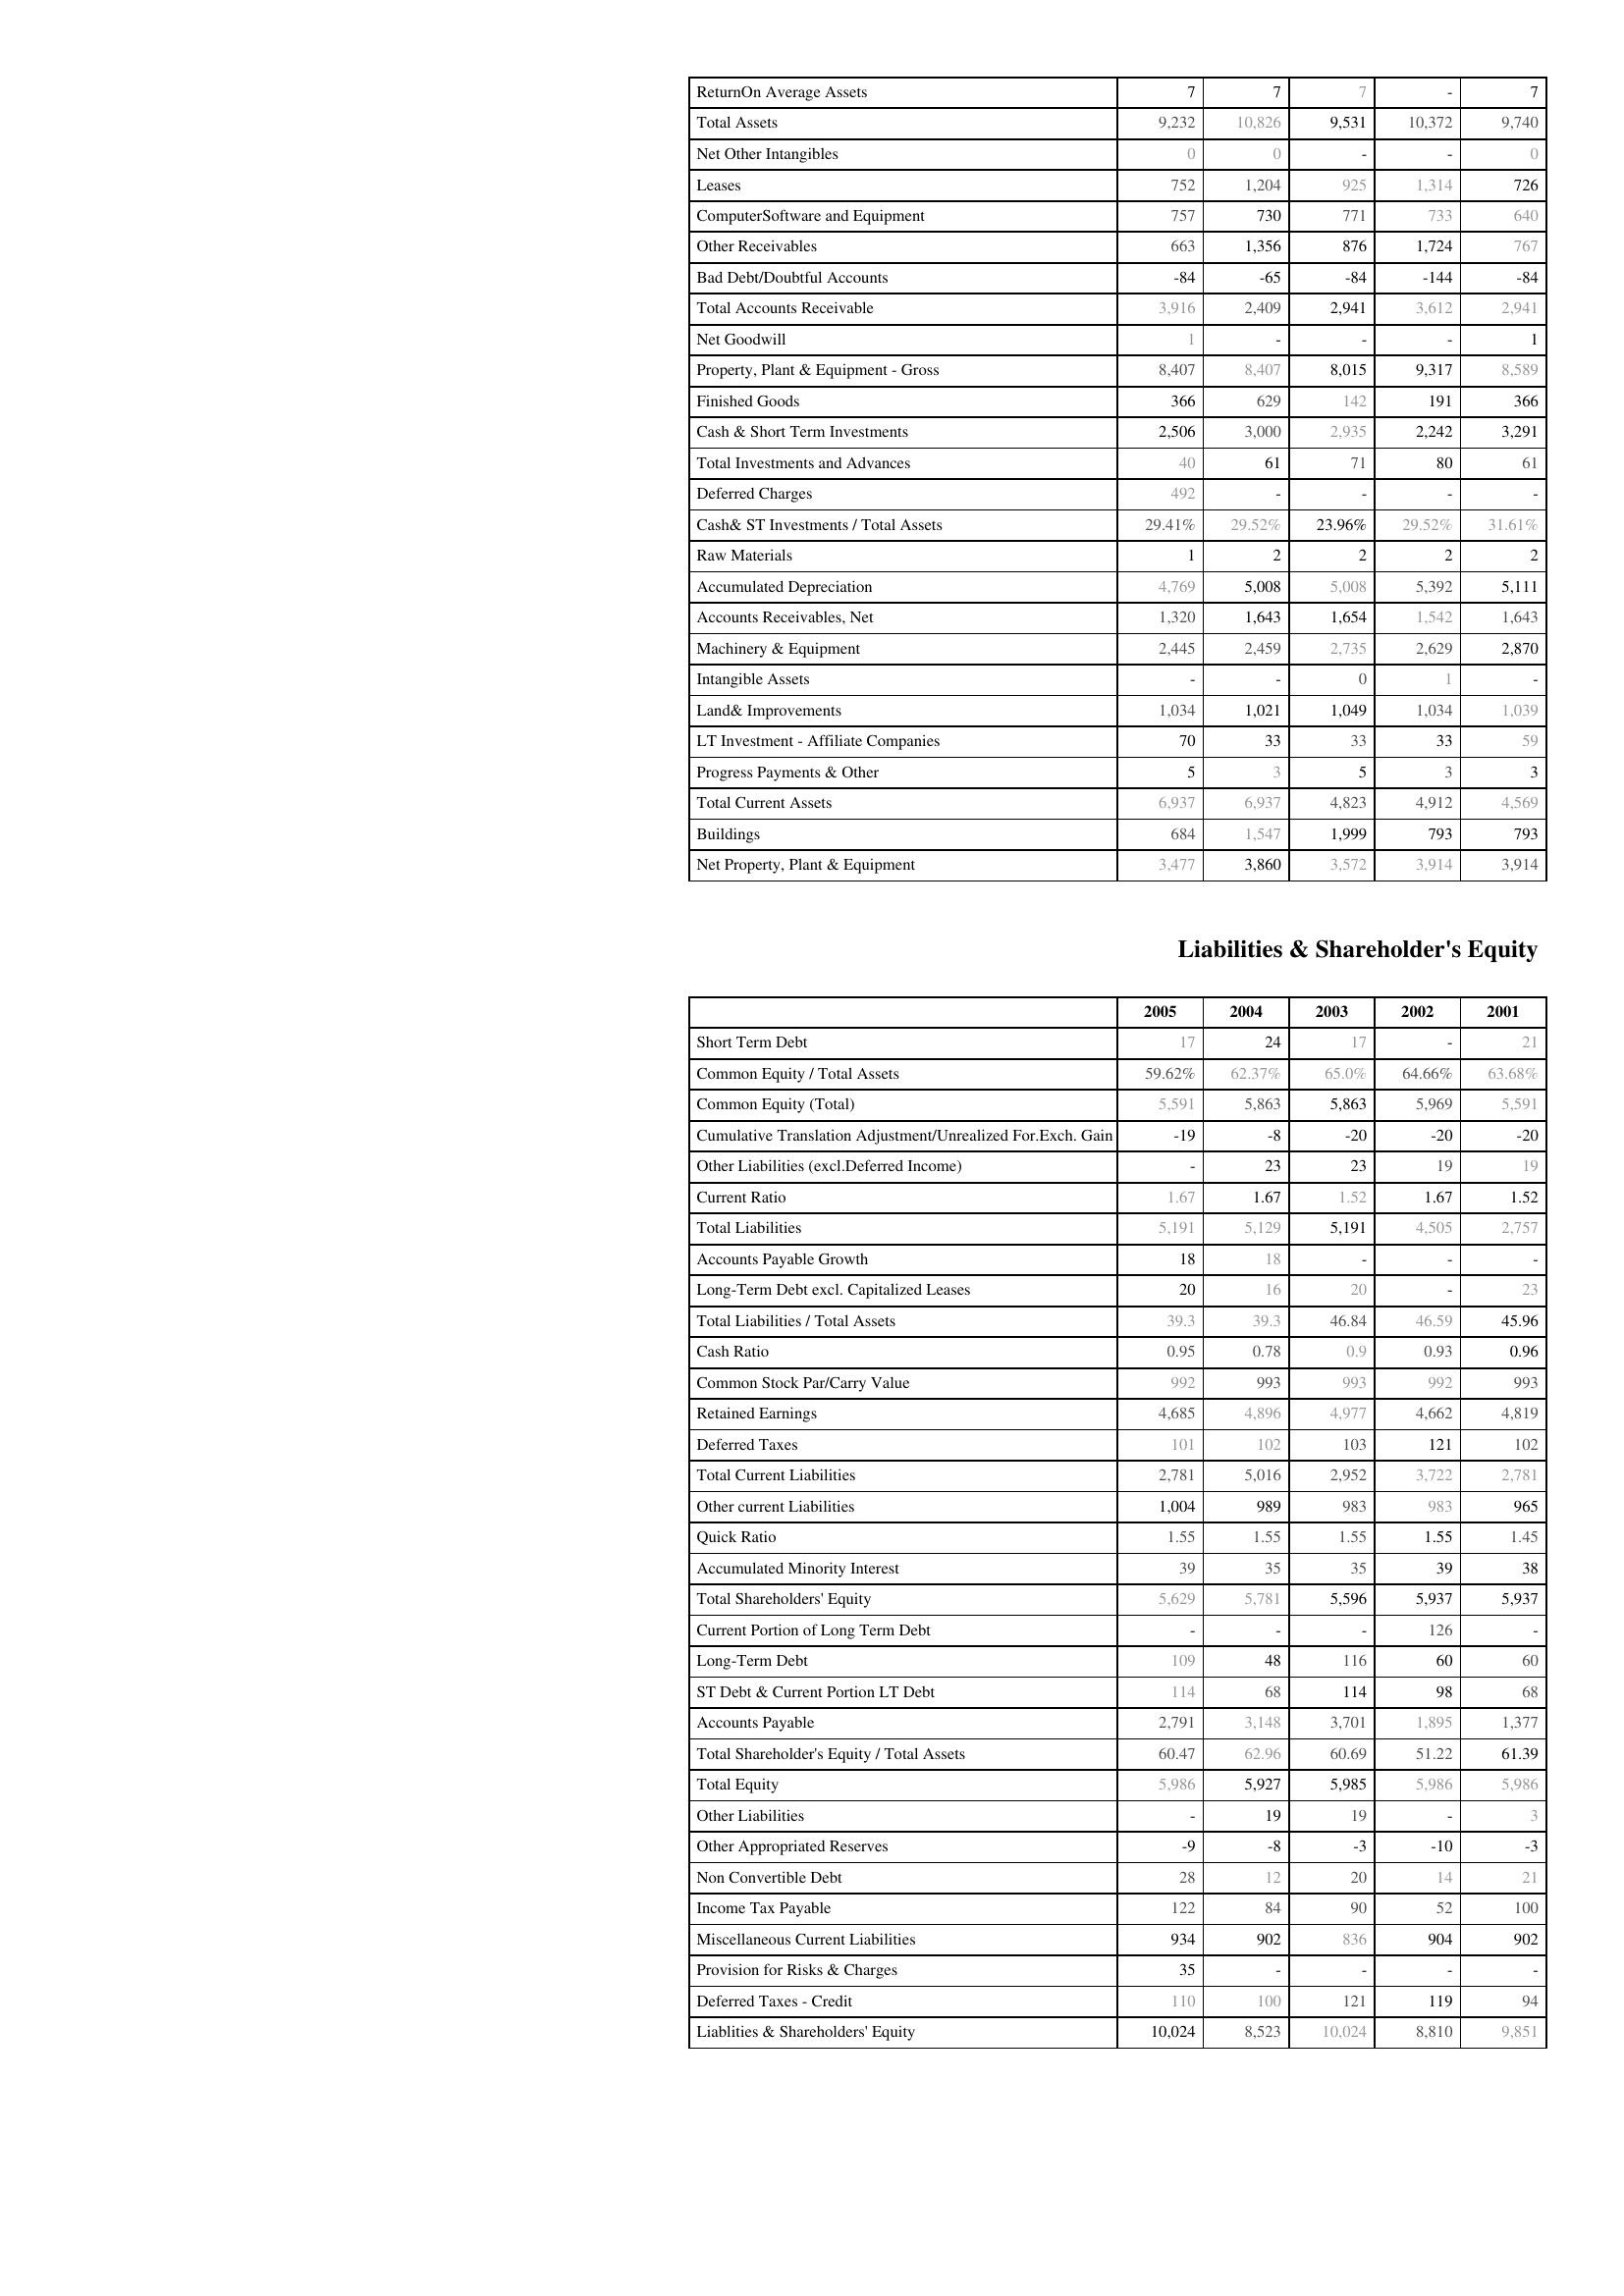
2005: Assets: ReturnOn Average Assets: 7
Total Assets: 9,232
Net Other Intangibles: 0
Leases: 752
ComputerSoftware and Equipment: 757
Other Receivables: 663
Bad Debt/Doubtful Accounts: -84
Total Accounts Receivable: 3,916
Net Goodwill: 1
Property, Plant & Equipment - Gross : 8,407
Finished Goods: 366
Cash & Short Term Investments: 2,506
Total Investments and Advances: 40
Deferred Charges: 492
Cash& ST Investments / Total Assets: 29.41%
Raw Materials: 1
Accumulated Depreciation: 4,769
Accounts Receivables, Net: 1,320
Machinery & Equipment: 2,445
Intangible Assets: -
Land& Improvements: 1,034
LT Investment - Affiliate Companies: 70
Progress Payments & Other: 5
Total Current Assets: 6,937
Buildings: 684
Net Property, Plant & Equipment: 3,477
Liabilities & Shareholder's Equity: Short Term Debt: 17
Common Equity / Total Assets: 59.62%
Common Equity (Total): 5,591
Cumulative Translation Adjustment/Unrealized For.Exch. Gain: -19
Other Liabilities (excl.Deferred Income): -
Current Ratio: 1.67
Total Liabilities: 5,191
Accounts Payable Growth: 18
Long-Term Debt excl. Capitalized Leases: 20
Total Liabilities / Total Assets: 39.3
Cash Ratio: 0.95
Common Stock Par/Carry Value: 992
Retained Earnings: 4,685
Deferred Taxes: 101
Total Current Liabilities: 2,781
Other current Liabilities: 1,004
Quick Ratio: 1.55
Accumulated Minority Interest: 39
Total Shareholders' Equity: 5,629
Current Portion of Long Term Debt: -
Long-Term Debt: 109
ST Debt & Current Portion LT Debt: 114
Accounts Payable: 2,791
Total Shareholder's Equity / Total Assets: 60.47
Total Equity: 5,986
Other Liabilities: -
Other Appropriated Reserves: -9
Non Convertible Debt: 28
Income Tax Payable: 122
Miscellaneous Current Liabilities: 934
Provision for Risks & Charges: 35
Deferred Taxes - Credit: 110
Liablities & Shareholders' Equity: 10,024
2004: Assets: ReturnOn Average Assets: 7
Total Assets: 10,826
Net Other Intangibles: 0
Leases: 1,204
ComputerSoftware and Equipment: 730
Other Receivables: 1,356
Bad Debt/Doubtful Accounts: -65
Total Accounts Receivable: 2,409
Net Goodwill: -
Property, Plant & Equipment - Gross : 8,407
Finished Goods: 629
Cash & Short Term Investments: 3,000
Total Investments and Advances: 61
Deferred Charges: -
Cash& ST Investments / Total Assets: 29.52%
Raw Materials: 2
Accumulated Depreciation: 5,008
Accounts Receivables, Net: 1,643
Machinery & Equipment: 2,459
Intangible Assets: -
Land& Improvements: 1,021
LT Investment - Affiliate Companies: 33
Progress Payments & Other: 3
Total Current Assets: 6,937
Buildings: 1,547
Net Property, Plant & Equipment: 3,860
Liabilities & Shareholder's Equity: Short Term Debt: 24
Common Equity / Total Assets: 62.37%
Common Equity (Total): 5,863
Cumulative Translation Adjustment/Unrealized For.Exch. Gain: -8
Other Liabilities (excl.Deferred Income): 23
Current Ratio: 1.67
Total Liabilities: 5,129
Accounts Payable Growth: 18
Long-Term Debt excl. Capitalized Leases: 16
Total Liabilities / Total Assets: 39.3
Cash Ratio: 0.78
Common Stock Par/Carry Value: 993
Retained Earnings: 4,896
Deferred Taxes: 102
Total Current Liabilities: 5,016
Other current Liabilities: 989
Quick Ratio: 1.55
Accumulated Minority Interest: 35
Total Shareholders' Equity: 5,781
Current Portion of Long Term Debt: -
Long-Term Debt: 48
ST Debt & Current Portion LT Debt: 68
Accounts Payable: 3,148
Total Shareholder's Equity / Total Assets: 62.96
Total Equity: 5,927
Other Liabilities: 19
Other Appropriated Reserves: -8
Non Convertible Debt: 12
Income Tax Payable: 84
Miscellaneous Current Liabilities: 902
Provision for Risks & Charges: -
Deferred Taxes - Credit: 100
Liablities & Shareholders' Equity: 8,523
2003: Assets: ReturnOn Average Assets: 7
Total Assets: 9,531
Net Other Intangibles: -
Leases: 925
ComputerSoftware and Equipment: 771
Other Receivables: 876
Bad Debt/Doubtful Accounts: -84
Total Accounts Receivable: 2,941
Net Goodwill: -
Property, Plant & Equipment - Gross : 8,015
Finished Goods: 142
Cash & Short Term Investments: 2,935
Total Investments and Advances: 71
Deferred Charges: -
Cash& ST Investments / Total Assets: 23.96%
Raw Materials: 2
Accumulated Depreciation: 5,008
Accounts Receivables, Net: 1,654
Machinery & Equipment: 2,735
Intangible Assets: 0
Land& Improvements: 1,049
LT Investment - Affiliate Companies: 33
Progress Payments & Other: 5
Total Current Assets: 4,823
Buildings: 1,999
Net Property, Plant & Equipment: 3,572
Liabilities & Shareholder's Equity: Short Term Debt: 17
Common Equity / Total Assets: 65.0%
Common Equity (Total): 5,863
Cumulative Translation Adjustment/Unrealized For.Exch. Gain: -20
Other Liabilities (excl.Deferred Income): 23
Current Ratio: 1.52
Total Liabilities: 5,191
Accounts Payable Growth: -
Long-Term Debt excl. Capitalized Leases: 20
Total Liabilities / Total Assets: 46.84
Cash Ratio: 0.9
Common Stock Par/Carry Value: 993
Retained Earnings: 4,977
Deferred Taxes: 103
Total Current Liabilities: 2,952
Other current Liabilities: 983
Quick Ratio: 1.55
Accumulated Minority Interest: 35
Total Shareholders' Equity: 5,596
Current Portion of Long Term Debt: -
Long-Term Debt: 116
ST Debt & Current Portion LT Debt: 114
Accounts Payable: 3,701
Total Shareholder's Equity / Total Assets: 60.69
Total Equity: 5,985
Other Liabilities: 19
Other Appropriated Reserves: -3
Non Convertible Debt: 20
Income Tax Payable: 90
Miscellaneous Current Liabilities: 836
Provision for Risks & Charges: -
Deferred Taxes - Credit: 121
Liablities & Shareholders' Equity: 10,024
2002: Assets: ReturnOn Average Assets: -
Total Assets: 10,372
Net Other Intangibles: -
Leases: 1,314
ComputerSoftware and Equipment: 733
Other Receivables: 1,724
Bad Debt/Doubtful Accounts: -144
Total Accounts Receivable: 3,612
Net Goodwill: -
Property, Plant & Equipment - Gross : 9,317
Finished Goods: 191
Cash & Short Term Investments: 2,242
Total Investments and Advances: 80
Deferred Charges: -
Cash& ST Investments / Total Assets: 29.52%
Raw Materials: 2
Accumulated Depreciation: 5,392
Accounts Receivables, Net: 1,542
Machinery & Equipment: 2,629
Intangible Assets: 1
Land& Improvements: 1,034
LT Investment - Affiliate Companies: 33
Progress Payments & Other: 3
Total Current Assets: 4,912
Buildings: 793
Net Property, Plant & Equipment: 3,914
Liabilities & Shareholder's Equity: Short Term Debt: -
Common Equity / Total Assets: 64.66%
Common Equity (Total): 5,969
Cumulative Translation Adjustment/Unrealized For.Exch. Gain: -20
Other Liabilities (excl.Deferred Income): 19
Current Ratio: 1.67
Total Liabilities: 4,505
Accounts Payable Growth: -
Long-Term Debt excl. Capitalized Leases: -
Total Liabilities / Total Assets: 46.59
Cash Ratio: 0.93
Common Stock Par/Carry Value: 992
Retained Earnings: 4,662
Deferred Taxes: 121
Total Current Liabilities: 3,722
Other current Liabilities: 983
Quick Ratio: 1.55
Accumulated Minority Interest: 39
Total Shareholders' Equity: 5,937
Current Portion of Long Term Debt: 126
Long-Term Debt: 60
ST Debt & Current Portion LT Debt: 98
Accounts Payable: 1,895
Total Shareholder's Equity / Total Assets: 51.22
Total Equity: 5,986
Other Liabilities: -
Other Appropriated Reserves: -10
Non Convertible Debt: 14
Income Tax Payable: 52
Miscellaneous Current Liabilities: 904
Provision for Risks & Charges: -
Deferred Taxes - Credit: 119
Liablities & Shareholders' Equity: 8,810
2001: Assets: ReturnOn Average Assets: 7
Total Assets: 9,740
Net Other Intangibles: 0
Leases: 726
ComputerSoftware and Equipment: 640
Other Receivables: 767
Bad Debt/Doubtful Accounts: -84
Total Accounts Receivable: 2,941
Net Goodwill: 1
Property, Plant & Equipment - Gross : 8,589
Finished Goods: 366
Cash & Short Term Investments: 3,291
Total Investments and Advances: 61
Deferred Charges: -
Cash& ST Investments / Total Assets: 31.61%
Raw Materials: 2
Accumulated Depreciation: 5,111
Accounts Receivables, Net: 1,643
Machinery & Equipment: 2,870
Intangible Assets: -
Land& Improvements: 1,039
LT Investment - Affiliate Companies: 59
Progress Payments & Other: 3
Total Current Assets: 4,569
Buildings: 793
Net Property, Plant & Equipment: 3,914
Liabilities & Shareholder's Equity: Short Term Debt: 21
Common Equity / Total Assets: 63.68%
Common Equity (Total): 5,591
Cumulative Translation Adjustment/Unrealized For.Exch. Gain: -20
Other Liabilities (excl.Deferred Income): 19
Current Ratio: 1.52
Total Liabilities: 2,757
Accounts Payable Growth: -
Long-Term Debt excl. Capitalized Leases: 23
Total Liabilities / Total Assets: 45.96
Cash Ratio: 0.96
Common Stock Par/Carry Value: 993
Retained Earnings: 4,819
Deferred Taxes: 102
Total Current Liabilities: 2,781
Other current Liabilities: 965
Quick Ratio: 1.45
Accumulated Minority Interest: 38
Total Shareholders' Equity: 5,937
Current Portion of Long Term Debt: -
Long-Term Debt: 60
ST Debt & Current Portion LT Debt: 68
Accounts Payable: 1,377
Total Shareholder's Equity / Total Assets: 61.39
Total Equity: 5,986
Other Liabilities: 3
Other Appropriated Reserves: -3
Non Convertible Debt: 21
Income Tax Payable: 100
Miscellaneous Current Liabilities: 902
Provision for Risks & Charges: -
Deferred Taxes - Credit: 94
Liablities & Shareholders' Equity: 9,851